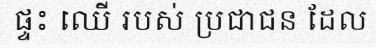
ផ្ទះ ឈើ របស់ ប្រជាជន ដែល